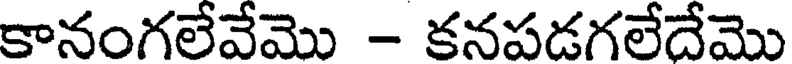
కానంగలేవేమొ - కనపడగలేదేమొ